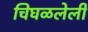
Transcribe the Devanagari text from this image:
चिघळलेली